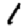
Digit: 1